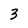
Character: 3